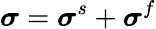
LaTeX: \boldsymbol{\sigma}=\boldsymbol{\sigma}^{s}+\boldsymbol{\sigma}^{f}